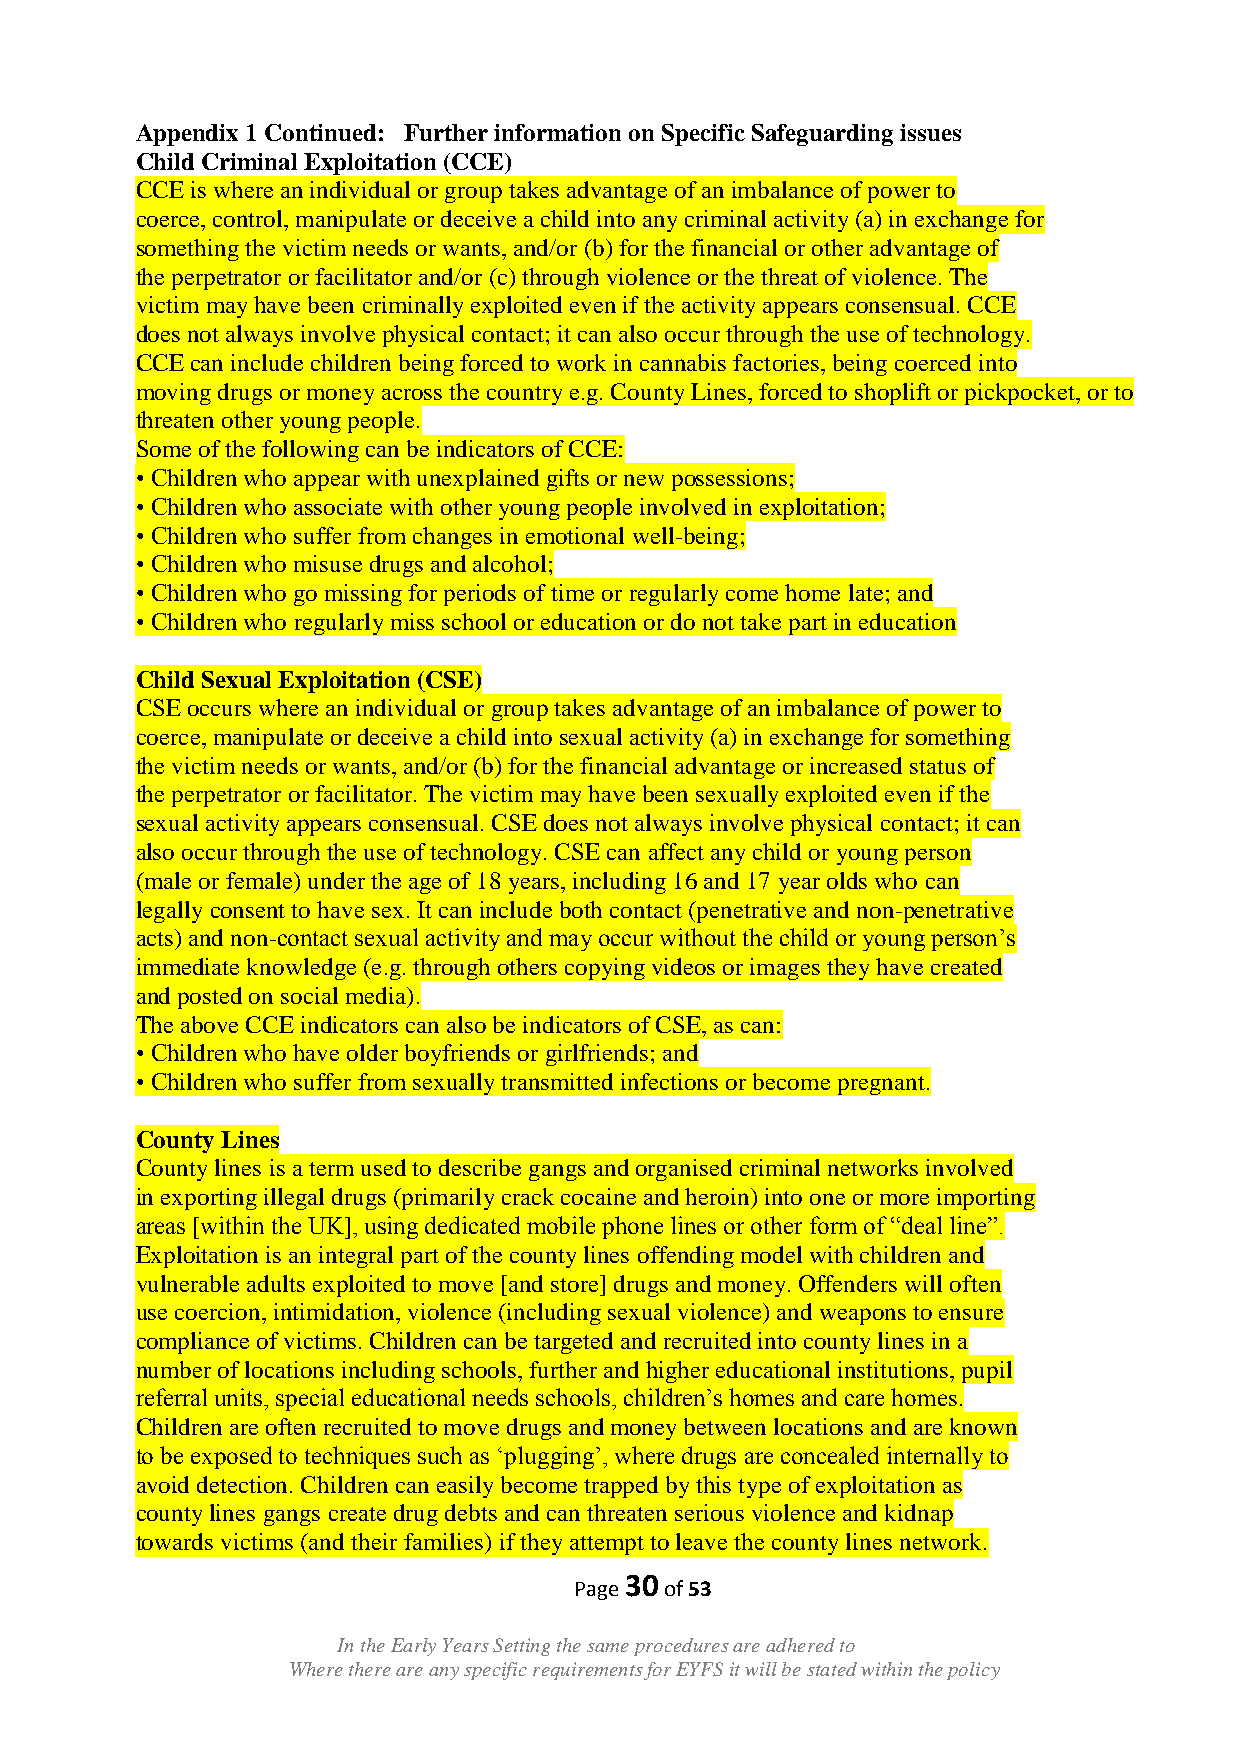
Appendix 1 Continued: Further information on Specific Safeguarding issues
 Child Criminal Exploitation (CCE)
 CCE is where an individual or group takes advantage of an imbalance of power to
 coerce, control, manipulate or deceive a child into any criminal activity (a) in exchange for
 something the victim needs or wants, and/or (b) for the financial or other advantage of
 the perpetrator or facilitator and/or (c) through violence or the threat of violence. The
 victim may have been criminally exploited even if the activity appears consensual. CCE
 does not always involve physical contact; it can also occur through the use of technology.
 CCE can include children being forced to work in cannabis factories, being coerced into
 moving drugs or money across the country e.g. County Lines, forced to shoplift or pickpocket, or to
 threaten other young people.
 Some of the following can be indicators of CCE:
 • Children who appear with unexplained gifts or new possessions;
 • Children who associate with other young people involved in exploitation;
 • Children who suffer from changes in emotional well-being;
 • Children who misuse drugs and alcohol;
 • Children who go missing for periods of time or regularly come home late; and
 • Children who regularly miss school or education or do not take part in education
 Child Sexual Exploitation (CSE)
 CSE occurs where an individual or group takes advantage of an imbalance of power to
 coerce, manipulate or deceive a child into sexual activity (a) in exchange for something
 the victim needs or wants, and/or (b) for the financial advantage or increased status of
 the perpetrator or facilitator. The victim may have been sexually exploited even if the
 sexual activity appears consensual. CSE does not always involve physical contact; it can
 also occur through the use of technology. CSE can affect any child or young person
 (male or female) under the age of 18 years, including 16 and 17 year olds who can
 legally consent to have sex. It can include both contact (penetrative and non-penetrative
 acts) and non-contact sexual activity and may occur without the child or young person‟s
 immediate knowledge (e.g. through others copying videos or images they have created
 and posted on social media).
 The above CCE indicators can also be indicators of CSE, as can:
 • Children who have older boyfriends or girlfriends; and
 • Children who suffer from sexually transmitted infections or become pregnant.
 County Lines
 County lines is a term used to describe gangs and organised criminal networks involved
 in exporting illegal drugs (primarily crack cocaine and heroin) into one or more importing
 areas [within the UK], using dedicated mobile phone lines or other form of “deal line”.
 Exploitation is an integral part of the county lines offending model with children and
 vulnerable adults exploited to move [and store] drugs and money. Offenders will often
 use coercion, intimidation, violence (including sexual violence) and weapons to ensure
 compliance of victims. Children can be targeted and recruited into county lines in a
 number of locations including schools, further and higher educational institutions, pupil
 referral units, special educational needs schools, children‟s homes and care homes.
 Children are often recruited to move drugs and money between locations and are known
 to be exposed to techniques such as „plugging‟, where drugs are concealed internally to
 avoid detection. Children can easily become trapped by this type of exploitation as
 county lines gangs create drug debts and can threaten serious violence and kidnap
 towards victims (and their families) if they attempt to leave the county lines network.
 30
 Page  of 53
 In the Early Years Setting the same procedures are adhered to
 Where there are any specific requirements for EYFS it will be stated within the policy